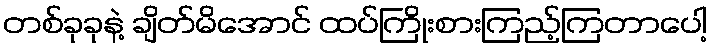
တစ်ခုခုနဲ့ ချိတ်မိအောင် ထပ်ကြိုးစားကြည့်ကြတာပေါ့